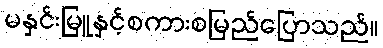
မနှင်းမြူနှင့်စကားစမြည်ပြောသည်။